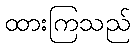
ထားကြသည်